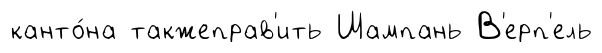
канто́на такжеправ'ить Шампань В'ерп'ель